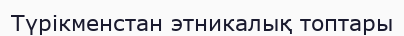
Түрікменстан этникалық топтары